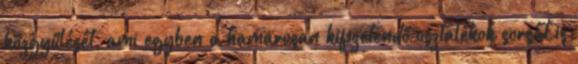
közgyűlését, ami egyben a hamarosan kifizetendő osztalékok sorsát is